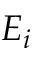
E _ { i }